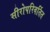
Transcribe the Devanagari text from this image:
सीरोपरिवर्तित